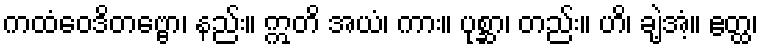
ကထံဝေဒိတဗ္ဗော၊ နည်း။ ဣတိ အယံ၊ ကား။ ပုစ္ဆာ၊ တည်း။ ဟိ၊ ချဲ့အံ့။ ဧတ္ထ၊